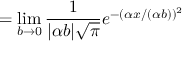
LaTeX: = \operatorname* { l i m } _ { b \to 0 } { \frac { 1 } { | \alpha b | { \sqrt { \pi } } } } e ^ { - ( \alpha x / ( \alpha b ) ) ^ { 2 } }